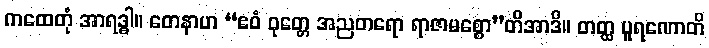
ကထေတုံ အာရဒ္ဓါ။ တေနာဟ “ဧဝံ ဝုတ္တေ အညတရော ရာဇာမစ္စော”တိအာဒိ။ တတ္ထ ပူရဏောတိ